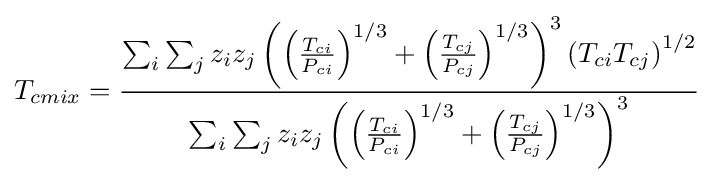
T_{cmix}={\frac {\sum _{i}\sum _{j}z_{i}z_{j}\left(\left({\frac {T_{ci}}{P_{ci}}}\right)^{1/3}+\left({\frac {T_{cj}}{P_{cj}}}\right)^{1/3}\right)^{3}\left(T_{ci}T_{cj}\right)^{1/2}}{\sum _{i}\sum _{j}z_{i}z_{j}\left(\left({\frac {T_{ci}}{P_{ci}}}\right)^{1/3}+\left({\frac {T_{cj}}{P_{cj}}}\right)^{1/3}\right)^{3}}}